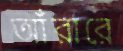
আঁরারে